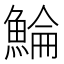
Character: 鯩